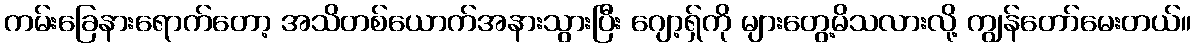
ကမ်းခြေနားရောက်တော့ အသိတစ်ယောက်အနားသွားပြီး ဂျော့ရှ်ကို များတွေ့မိသလားလို့ ကျွန်တော်မေးတယ်။